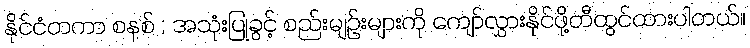
နိုင်ငံတကာ စနစ် ; အသုံးပြုခွင့် စည်းမျဉ်းများကို ကျော်လွှားနိုင်ဖို့တီထွင်ထားပါတယ်။